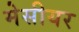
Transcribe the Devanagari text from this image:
मेसीयर